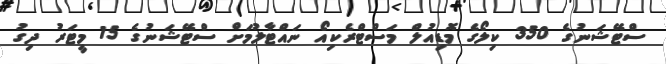
ސްޓޭޝަނުގެ 350 ކިލޯގެ މޮޑިއުލް މަސްޓްރެކިއޯ ނައްޓާލުމަށް ސްޓޭޝަނުގެ 15 މީޓަރު ދިގު